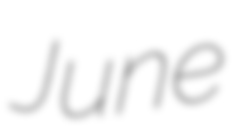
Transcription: June